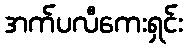
အက်ပလီကေးရှင်း